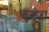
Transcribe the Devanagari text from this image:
कन्हेरा